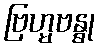
ဗြဟ္မဗန္ဓု